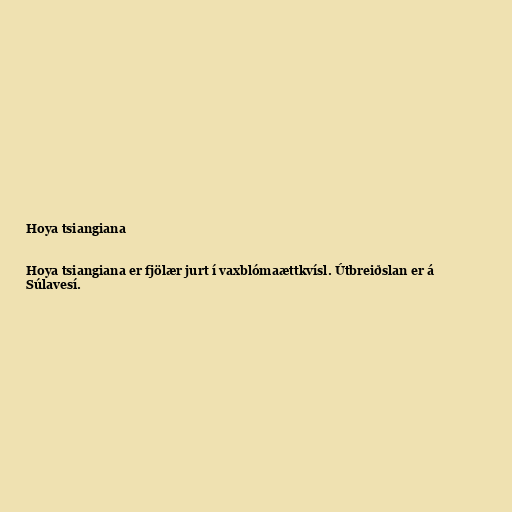
Hoya tsiangiana

Hoya tsiangiana er fjölær jurt í vaxblómaættkvísl. Útbreiðslan er á
Súlavesí.